Report on vaccination in Madras 1895-1903 - 1895-1903
Year: 1895
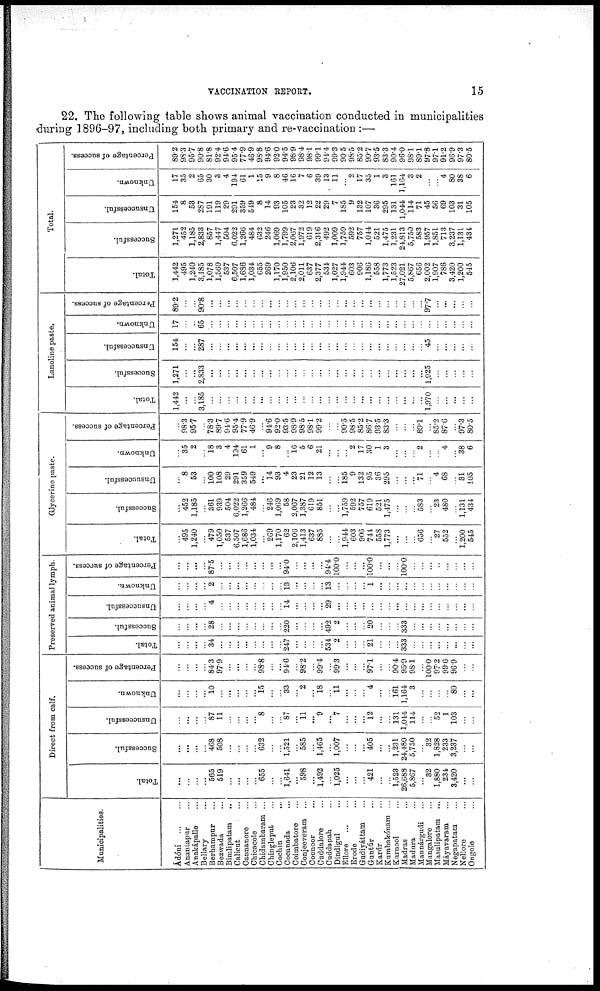
VACCINATION REPORT.
15
22. The following table shows animal vaccination conducted in municipalities
during 1896-97, including both primary and re-vaccination :—
Municipalities.
Ádóni...
...
Anantapur...
Anakápalle...
Bellary...
Berhampur...
Bezwada...
Bimlipatam..
Calicut...
Cannanore...
Chicacole...
Chidambaram ...
Chingleput...
Cochin...
Cocanada...
Coimbatore...
Conjeeveram...
Coonoor...
Cuddalore...
Cuddapah...
Dindigul...
Ellore...
...
Erode...
Gudiyáttam...
Guntúr...
Karúr...
Kumbakónam...
Kurnool...
Madras...
Madura...
Mannárgudi...
Mangalore...
Masulipatam...
Máyavaram...
Negapatam...
Nellore...
Ongole...
Direct from calf.
Total.
...
...
...
...
565
519
...
...
...
...
655
...
...
1,641
... 598
...
1,492
...
1,025
...
...
...
421
...
...
1,523
26,688
5,867
... 32
1,880
234
3,420
...
...
Successful.
...
...
...
...
468
508
...
...
...
...
632
...
...
1,521
...
585
...
1,465
...
1,007
...
...
...
405
...
...
1,231
24,480
5,750
...
32
1,828
233
3,237
...
...
Unsuccessful.
...
...
...
...
87
11
...
...
...
... 8
...
...
87
...
11
... 9
...
7
...
...
...
12
...
...
131
1,044
114
...
...
52
1
103
...
...
Unknown.
...
...
...
...
10
...
...
...
...
... 15
...
...
33
... 2
... 18
...
11
...
...
...
4
...
...
161
1,164
3
...
...
...
...
80
...
...
Percentage of success.
...
...
...
...
84.3
979
...
...
...
...
98.8
...
...
94.6
...
98.2
...
99.4
...
99.3
...
...
...
97.1
...
...
90.4
95.9
98.1
...
100.0
97.2
99.6
96.9
...
...
Preserved animal lymph.
Total.
...
...
...
...
34
...
...
...
...
...
...
...
...
247
...
...
...
...
534
2
...
...
...
21
...
...
...
333
...
...
...
...
...
...
...
...
Successful.
...
...
...
...
28
...
...
...
...
...
...
...
...
220
...
...
...
...
492
2
...
...
...
20
...
...
...
333
...
...
...
...
...
...
...
...
Unsuccessful.
...
...
...
...
4
...
...
...
...
...
...
...
...
14
...
...
...
...
29
...
...
...
...
...
...
...
...
...
...
...
...
...
...
...
...
...
Unknown.
...
...
...
...
2
...
...
...
...
...
...
...
...
13
...
...
...
...
13
...
...
...
...
1
...
...
...
...
...
...
...
...
...
...
...
...
Percentage of success.
...
...
...
...
87.5
...
...
...
...
...
...
...
...
94.0
...
...
...
...
94.4
100.0
...
...
...
100.0
...
...
...
100.0
...
...
...
...
...
...
...
...
Glycerine paste.
Total.
...
495
1,240
...
479
1,050
537
6,507
1,686
1,034
...
269
1,170
62
2,106
1,413
637
885
...
...
1,944
603
906
744
558
1,773
...
...
...
656
...
27
552
...
1,200
545
Successful.
...
452
1,185
...
361
939
504
6,022
1,266
484
...
246
1,069
58
2,067
1,387
619
851
...
...
1,759
592
757
619
521
1,475
...
...
...
583
...
23
480
...
1,131
434
Unsuccessful.
...
8
53
...
100
108
29
291
359
549
... 14
93
4
23
21
12
13
...
...
185
9
132
95
36
295
...
...
... 71
...
4
68
...
31
105
Unknown.
...
35
2
...
18
3
4
194
61
1
...
9
8
...
16 5
6
21
...
...
...
2
17
30
1
3
...
...
...
2
...
...
4
...
38
6
Percentage of success.
...
98.3
95.7
...
78.3
89.7
94.6
95.4
77.9
46.9
...
94.6
92.0
93.5
98.9
98.5
98.1
99.2
...
...
90.5
98.5
85.2
86.7
93.5
83.3
...
...
...
89.1
...
85.2
87.6
...
97.3
80.5
Lanoline paste.
Total.
1,442
...
...
3,185
...
...
...
...
...
...
...
...
...
...
...
...
...
...
...
...
...
...
...
...
...
...
...
...
...
...
1,970
...
...
...
...
...
Successful.
1,271
...
...
2,833
...
...
...
...
...
...
...
...
...
...
...
...
...
...
...
...
...
...
...
...
...
...
...
...
...
...
1,925
...
...
...
...
...
Unsuccessful.
154
...
...
287
...
...
...
...
...
...
...
...
...
...
...
...
...
...
...
...
...
...
...
...
...
...
...
...
...
...
45
...
...
...
...
...
Unknown.
17
...
...
65
...
...
...
...
...
...
...
...
...
...
...
...
...
...
...
...
...
...
...
...
...
...
...
...
...
...
...
...
...
...
...
...
Percentage of success.
89.2
...
...
90.8
...
...
...
...
...
...
...
...
...
...
...
...
...
...
...
...
...
...
...
...
...
...
...
...
...
...
97.7
...
...
...
...
...
Total.
Total.
1,442
495
1,240
3,185
1,078
1,569
537
6,507
1,636
1,034
655
269
1,170
1,950
2,106
2,011
637
2,377
534
1,027
1,944
603
906
1,186
558
1,773
1,523
27,021
5,867
656
2,002
1,907
786
3,420
1,200
545
Successful.
1,271
452
1,185
2,833
857
1,447
504
6,022
1,266
484
632
246
1,069
1,799
2,067
1,972
619
2,316
492
1,009
1,759
592
757
1,044
521
1,475
1,231
24,813
5,750
583
1,957
1,851
713
3,237
1,131
434
Unsuccessful.
154
8
53
287
191
119
29
291
359
549
8
14
93
105
23
32
12
22
29
7
185
9
132
107
36
295
131
1,044
114
71
45
56
69
103
31
105
Unknown.
17
35
2
65
30
3
4
194
61
1
15
9
8
46
16
7
6
39
13
11
...
2
17
35
1
3
161
1,164
3
2
...
...
4
80
38
6
Percentage of success.
89.2
98.3
95.7
90.8
81.8
92.4
94.6
95.4
77.9
46.9
98.8
94.6
92.0
94.5
98.9
98.4
98.1
99.1
94.4
99.3
90.5
98.5
85.2
90.7
93.5
83.3
90.4
96.0
98.1
89.1
97.8
97.1
91.2
96.9
97.3
80.5